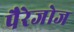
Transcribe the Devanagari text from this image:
पैरेजोज